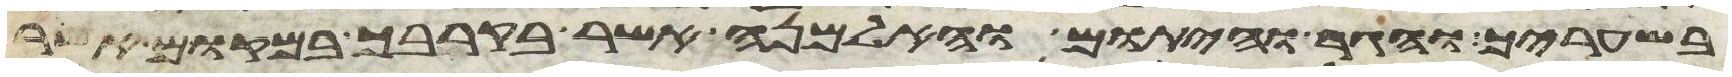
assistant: בשעריך והגר והיתום והאלמנה אשר בקרבך במקום אשר